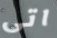
اتى